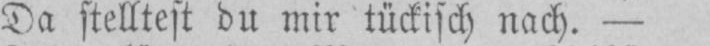
Da stelltest du mir tückisch nach. -